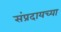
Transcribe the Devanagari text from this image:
संप्रदायच्या